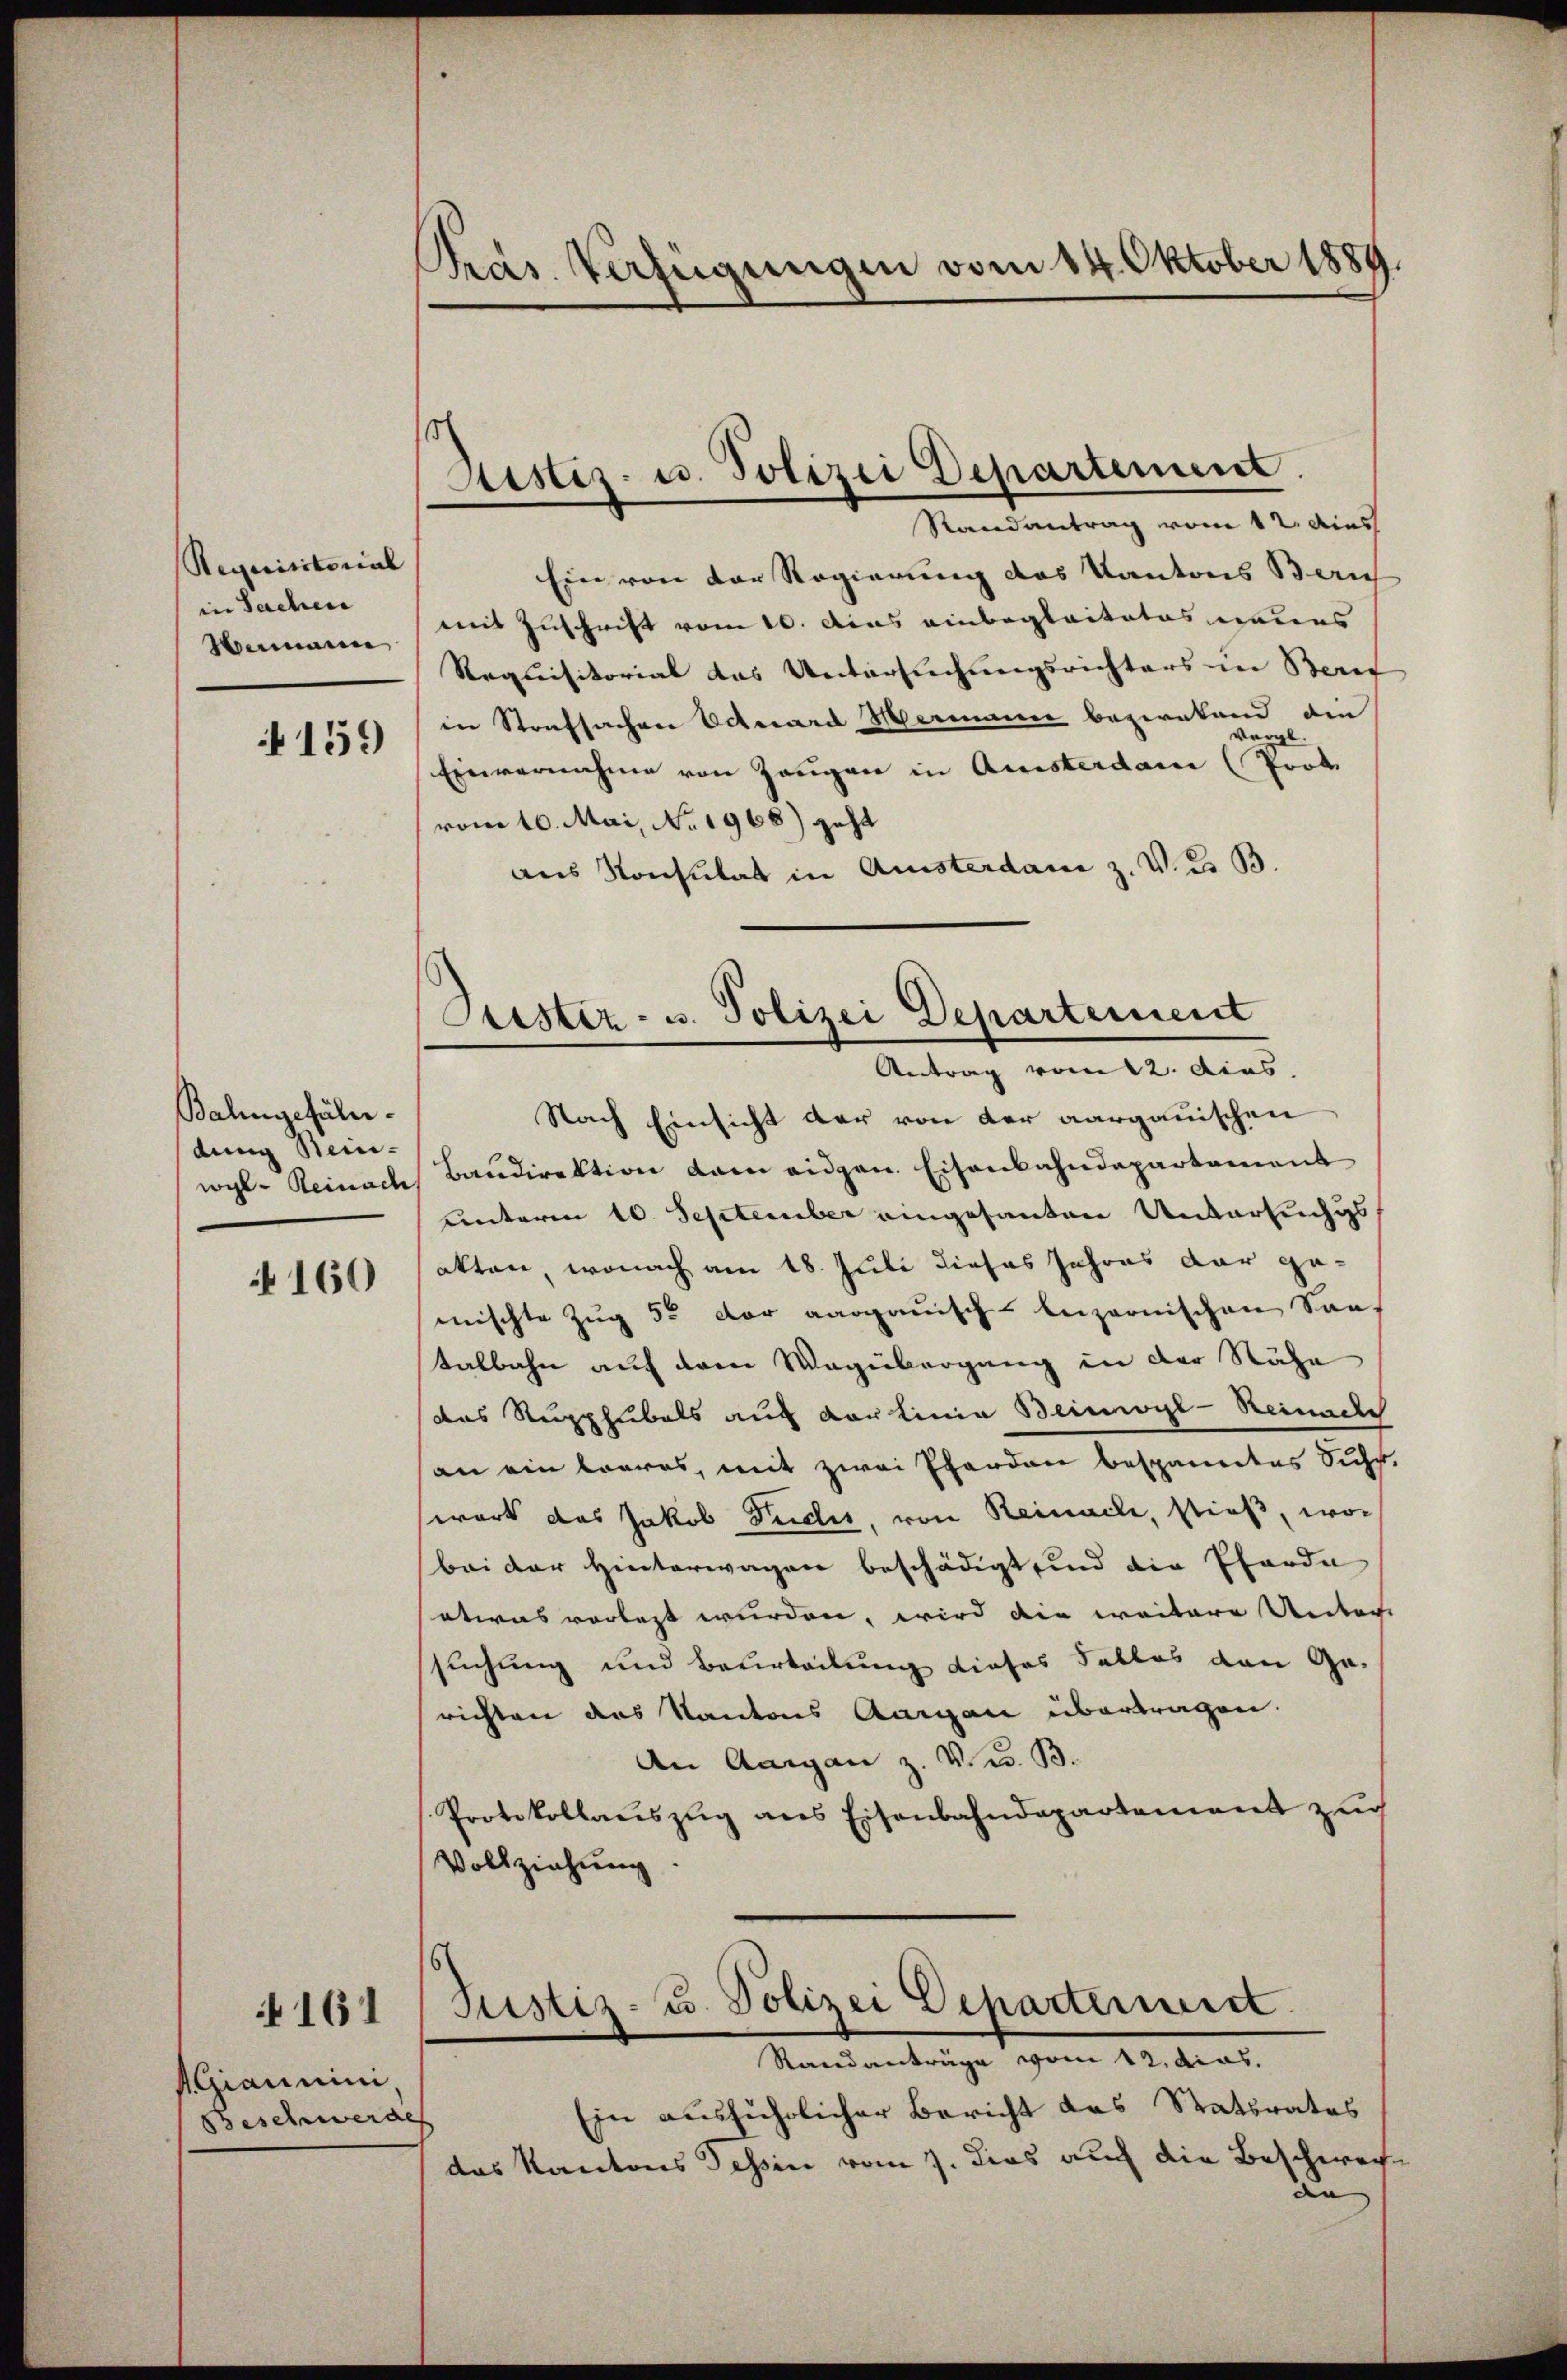
Requisitorial
in Sachen
Wemann

159)

Balingefüll
dung ein-

160

161

AGiannini,
Beschwerde

Prar. Verfügungen vom 14. Oktober 1889.

Justiz- u. Polizei Departement.
Randantrag vom 12. dies

Ein von der Regierung des Kantons Zürich
mit Zuschrift vom 10. Das einbeglaitatos neues
Requisitorial das Untersuchungsrichters in Beruf
in Strafsachen Octuard Hermanne bezirkend die
vergl.
Einvernahme von Zeugen in Amsterdam (Prof.
vom 10. Mai, No. 1968) geht
aus Konsulat in Amisterdam z. V. d. B.

Justiz- u. Polizei Departement
Antrag vom 12. dies

Justiz- u. Polizei Departermeist.
Randanträge vom 12. dies.

Nach Einsicht der von der aargauischen
wyl- Reinach Baudirektion dem eidgen. Eisenbahndepartament
unterm 10. September eingesanten Untersuchs
akten, wonach am 18. Juli dieses Jahres dar ge-
mischte Zug 55 der aargauisch-beizernischen Sant
talbahn auf dem Wegübergang in der Nähe
das Rupphubals auch der Linia Beinwyl-Reinache
an ein leeres, mit zwei Pferden bespanntes Suhr
wort das Jakob Puches, von Reinach, stieß, wor
bei der Hinterwagen beschädigt sind die Pferde
etwas vorlegt wurden, wird die weitere Unter
suchung und Beurteilung dieses Falles den Ge-
richten das Kantons Aargau übertragen.
An Aargau z. V. W. B.
Protokollaŭszŭg ans Eisenbahndepartement zŭr
Vollziehung.

Ein ausführlicher Bericht das Statsrates
¬
das Kantons Tessin vom 7. dies auch die Beschweran